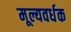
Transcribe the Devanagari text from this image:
मूल्यवर्धक